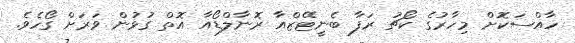
ހާއްސަކޮށް މިހާރުގެ ކޯޗު ރަފާ ބެނީޓޭޒްއާ ރޮނާލްޑޯއާ އޮތް ގުޅުން ވަރަށް ގޯހެވެ.